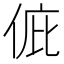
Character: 𠉆